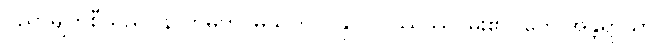
ပညာမျက်စီသည်။ န ကမတိ၊ မသက်ဝင်နိုင်။ ဝဿဿ၊ မိုး၏။ တေ အန္တရာယာ၊